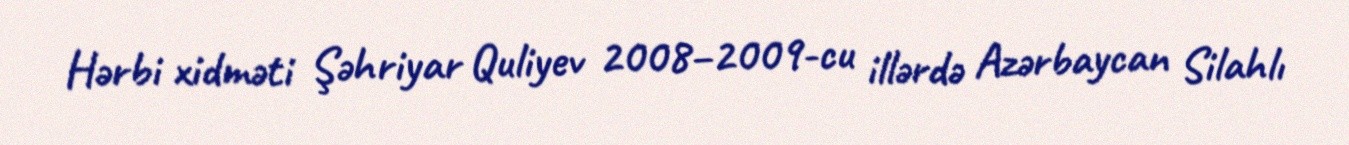
Hərbi xidməti Şəhriyar Quliyev 2008–2009-cu illərdə Azərbaycan Silahlı